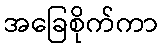
အခြေစိုက်ကာ